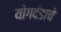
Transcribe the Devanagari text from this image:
योगदंडाचे